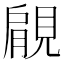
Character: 𧡌